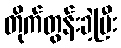
တိုက်တွန်းခဲ့ပြီး